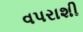
વપરાશી